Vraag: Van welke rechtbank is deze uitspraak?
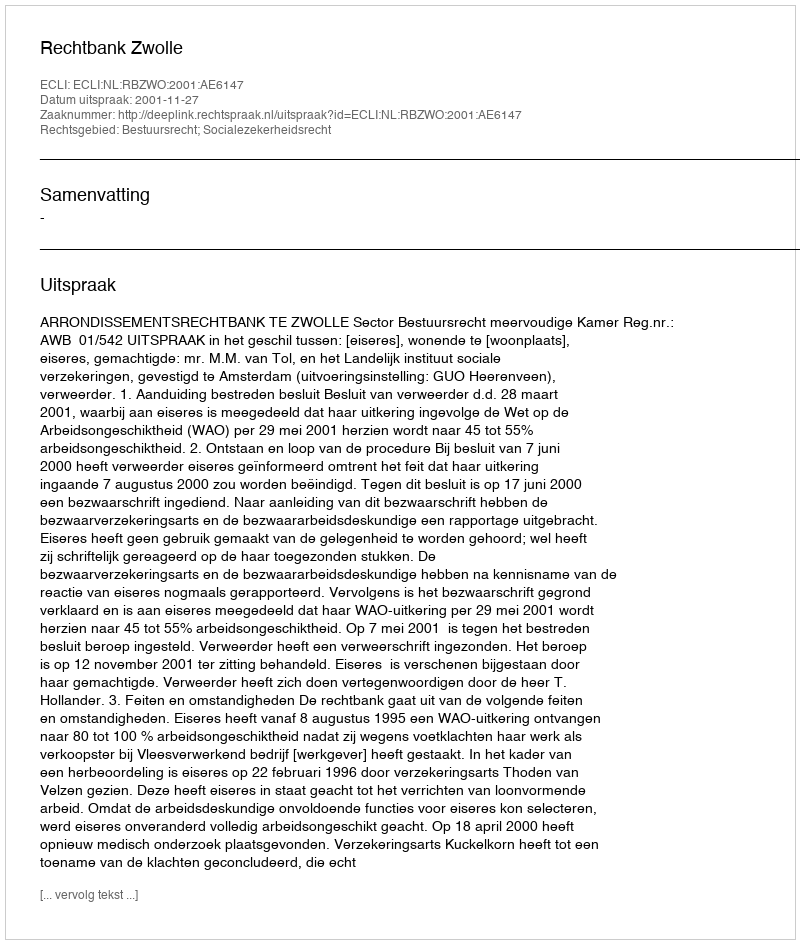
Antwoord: Rechtbank Zwolle